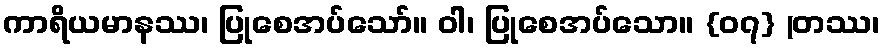
ကာရိယမာနဿ၊ ပြုစေအပ်သော်။ ဝါ၊ ပြုစေအပ်သော။ {၀၇} (တဿ၊